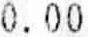
0.00